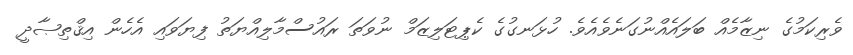
ވެރިކަމުގެ ނިޒާމެއް ބަލައެއްނުގަނެވެއެވެ. ހުޅަނގުގެ ކެޕިޓަލިޒަމް ނުވަތަ ރައުސްމާލިއްޔަތު ފިޔަވައި އެހެން އިޤްތިޞާދީ